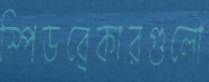
স্পিডব্রেকারগুলো